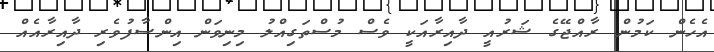
އެހެން ކަމުން ރާއްޖޭގެ ޝަރުއީ ދާއިރާއަކީ ވެސް މުސްތަގިއްލު މިނިވަން އިންސާފުވެރި ދާއިރާއެއް